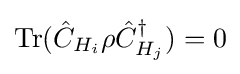
\operatorname {Tr} ({\hat {C}}_{H_{i}}\rho {\hat {C}}_{H_{j}}^{\dagger })=0